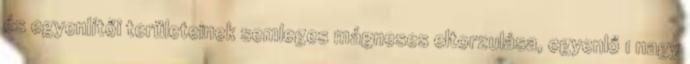
és egyenlítői területeinek semleges mágneses eltorzulása, egyenlő 1 nagy